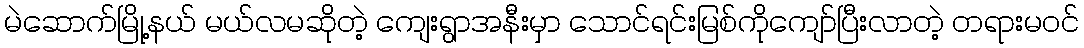
မဲဆောက်မြို့နယ် မယ်လမဆိုတဲ့ ကျေးရွာအနီးမှာ သောင်ရင်းမြစ်ကိုကျော်ပြီးလာတဲ့ တရားမဝင်